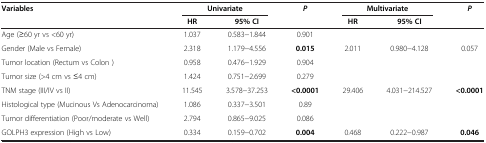
<table><thead><tr><td><b>Variables</b></td><td colspan="2"><b>Univariate</b></td><td><b><i>P</i></b></td><td colspan="2"><b>Multivariate</b></td><td><b><i>P</i></b></td></tr><tr><td><b> </b></td><td><b>HR</b></td><td><b>95% CI</b></td><td><b> </b></td><td><b>HR</b></td><td><b>95% CI</b></td><td><b> </b></td></tr></thead><tbody><tr><td>Age (≥60 yr vs &lt;60 yr)</td><td>1.037</td><td>0.583−1.844</td><td>0.901</td><td> </td><td> </td><td> </td></tr><tr><td>Gender (Male vs Female)</td><td>2.318</td><td>1.179−4.556</td><td><b>0.015</b></td><td>2.011</td><td>0.980−4.128</td><td>0.057</td></tr><tr><td>Tumor location (Rectum vs Colon )</td><td>0.958</td><td>0.476−1.929</td><td>0.904</td><td> </td><td> </td><td> </td></tr><tr><td>Tumor size (&gt;4 cm vs ≤4 cm)</td><td>1.424</td><td>0.751−2.699</td><td>0.279</td><td> </td><td> </td><td> </td></tr><tr><td>TNM stage (III/IV vs II)</td><td>11.545</td><td>3.578−37.253</td><td><b>&lt;0.0001</b></td><td>29.406</td><td>4.031−214.527</td><td><b>&lt;0.0001</b></td></tr><tr><td>Histological type (Mucinous Vs Adenocarcinoma)</td><td>1.086</td><td>0.337−3.501</td><td>0.89</td><td> </td><td> </td><td> </td></tr><tr><td>Tumor differentiation (Poor/moderate vs Well)</td><td>2.794</td><td>0.865−9.025</td><td>0.086</td><td> </td><td> </td><td> </td></tr><tr><td>GOLPH3 expression (High vs Low)</td><td>0.334</td><td>0.159−0.702</td><td><b>0.004</b></td><td>0.468</td><td>0.222−0.987</td><td><b>0.046</b></td></tr></tbody></table>